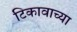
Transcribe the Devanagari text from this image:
टिकावाच्या